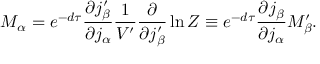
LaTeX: M _ { \alpha } = e ^ { - d \tau } \frac { \partial j _ { \beta } ^ { \prime } } { \partial j _ { \alpha } } \frac { 1 } { V ^ { \prime } } \frac { \partial } { \partial j _ { \beta } ^ { \prime } } \ln Z \equiv e ^ { - d \tau } \frac { \partial j _ { \beta } } { \partial j _ { \alpha } } M _ { \beta } ^ { \prime } .